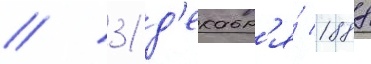
// 31 д'екабр'я́ 1888